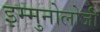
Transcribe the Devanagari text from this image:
इम्मुनोलोजी